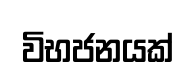
විභජනයක්